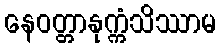
နေဝတ္တာနုက္ကံသိဿာမ